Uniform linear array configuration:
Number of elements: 24
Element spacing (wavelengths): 0.75
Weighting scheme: blackman
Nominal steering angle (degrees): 45
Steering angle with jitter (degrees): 44.006
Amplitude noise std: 0.05
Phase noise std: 0.05

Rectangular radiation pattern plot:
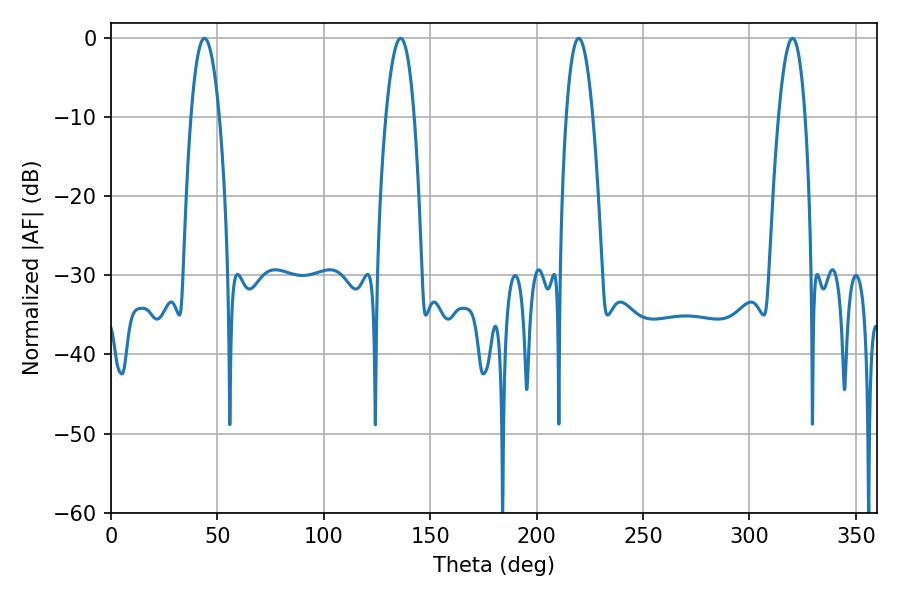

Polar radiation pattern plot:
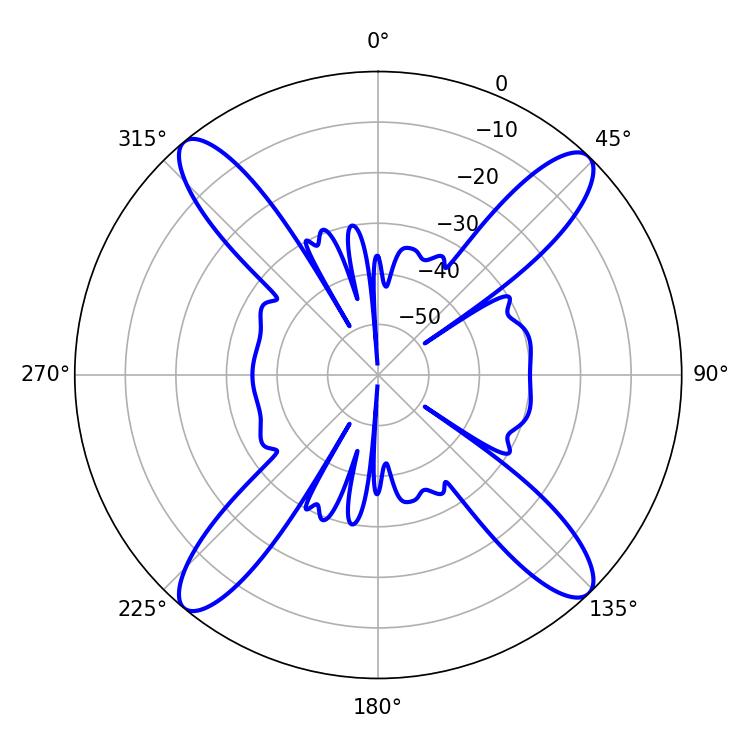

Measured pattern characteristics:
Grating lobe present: TRUE
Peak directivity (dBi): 18.813
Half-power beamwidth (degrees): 7.38
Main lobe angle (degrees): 43.92